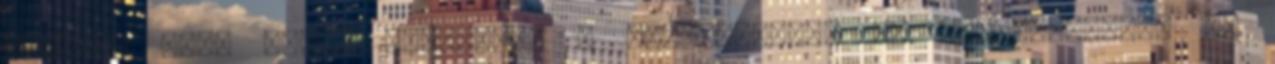
újítjuk meg, hanem szeretünk a hajszínekkel is kísérletezni. Ha